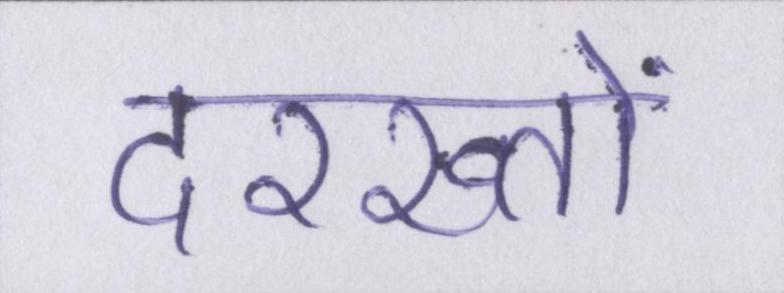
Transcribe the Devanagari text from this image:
दरख्तों